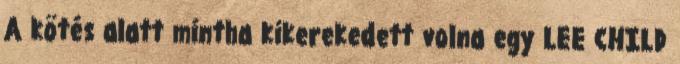
A kötés alatt mintha kikerekedett volna egy LEE CHILD